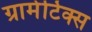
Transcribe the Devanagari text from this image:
ग्रामेटिक्स